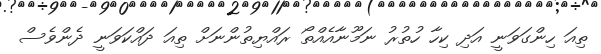
ތިއަ ހިންގަވަނީ އަދި ކިހާ ހުތުރު ނަމޫނާއެއްތޯ ރައްޔިތުންނަށް ތިއަ ދައްކަވަނީ ދެންވެސް